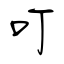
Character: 叮